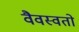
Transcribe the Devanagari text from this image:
वैवस्वतो